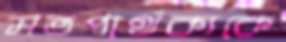
মতপার্থক্যকে